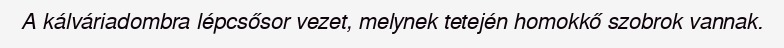
A kálváriadombra lépcsősor vezet, melynek tetején homokkő szobrok vannak.